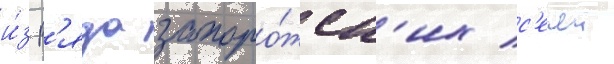
и́з р'яда запоро́жск'их с'ечеи